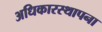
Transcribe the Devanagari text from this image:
अधिकारस्थापना